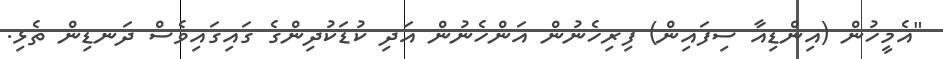
"އެމީހުން (އިންޑިއާ ސިފައިން) ފިރިހެނުން އަންހެނުން އަދި ކުޑަކުދިންގެ ގައިގައިވެސް ދަނޑިން ތެޅި.